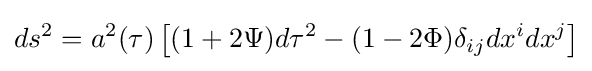
ds^{2}=a^{2}(\tau )\left[(1+2\Psi )d\tau ^{2}-(1-2\Phi )\delta _{ij}dx^{i}dx^{j}\right]